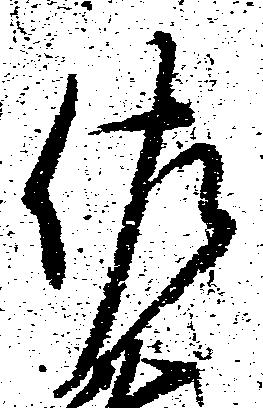
佐